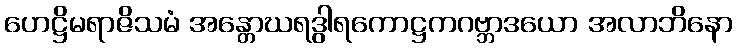
ဟေဋ္ဌိမရာဇိသမံ အန္တောဃရဒွါရကောဋ္ဌကဂဗ္ဘာဒယော အလာဘိနော